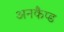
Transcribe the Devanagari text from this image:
अनकैप्ड